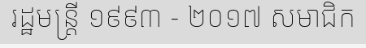
រដ្ឋមន្ត្រី ១៩៩៣ - ២០១៧ សមាជិក